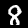
Digit: 8